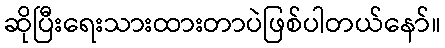
ဆိုပြီးရေးသားထားတာပဲဖြစ်ပါတယ်နော်။